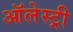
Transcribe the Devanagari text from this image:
ऑलेस्ट्री